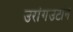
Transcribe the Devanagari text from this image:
उरांगउटान